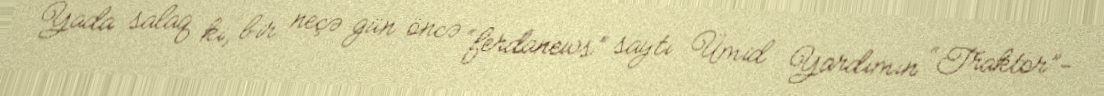
Yada salaq ki, bir neçə gün öncə “ferdanews” saytı Ümid Yardımın “Traktor”-